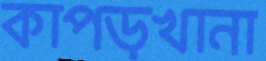
কাপড়খানা